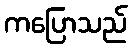
ကပြောသည်